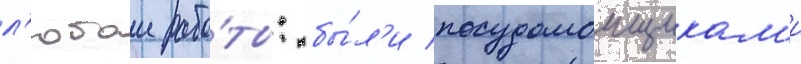
л'юбои рабо́ты: бы́л'и посудомоищикам'и